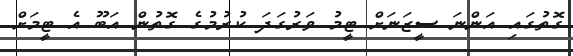
ގޮތުގައި އަންނަ ސީޒަނަށް ޓީމު ވަރުގަދަ ކުރުމުގެ ގޮތުން އަބޫ އެ ޓީމަށް